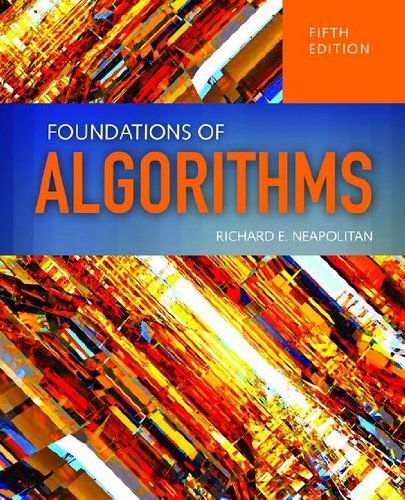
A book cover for Foundations Of Algorithms; Richard Neapolitan; Computers & Technology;